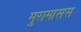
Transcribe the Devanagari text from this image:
मुरामासस